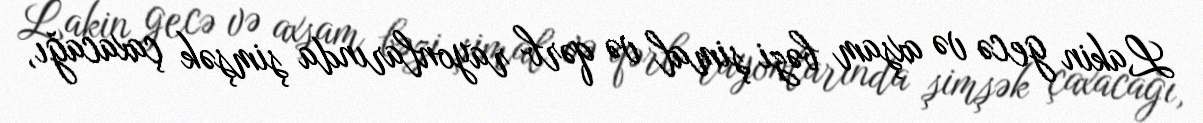
Lakin gecə və axşam bəzi şimal və qərb rayonlarında şimşək çaxacağı,